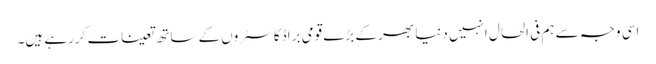
اسی وجہ سے ہم فی الحال انہیں دنیا بھر کے بڑے قومی براڈکاسٹروں کے ساتھ تعینات کررہے ہیں۔